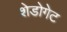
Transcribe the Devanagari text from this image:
शेडोगेट